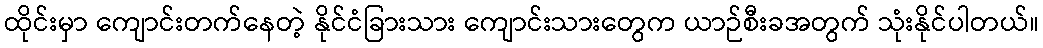
ထိုင်းမှာ ကျောင်းတက်နေတဲ့ နိုင်ငံခြားသား ကျောင်းသားတွေက ယာဉ်စီးခအတွက် သုံးနိုင်ပါတယ်။